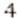
4